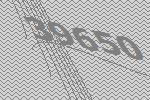
39650